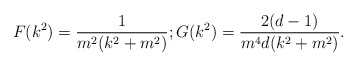
\begin{align*}F(k^2)=\frac{1}{m^2(k^2+m^2)};G(k^2)=\frac{2(d-1)}{m^4d(k^2+m^2)}.\end{align*}